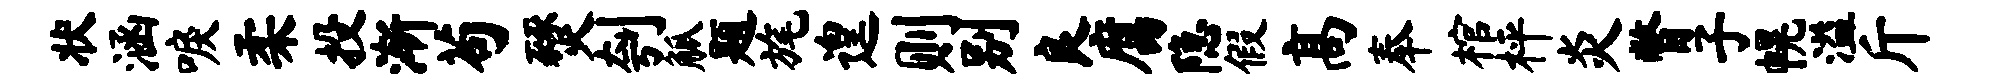
状涵唳柔投渐苟燹刳觚题旄遑则别良腐隐假高奉棺枰炎瞥子幌溢斤